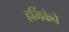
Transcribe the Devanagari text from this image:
हर्मिकेचे